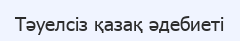
Тәуелсіз қазақ әдебиеті